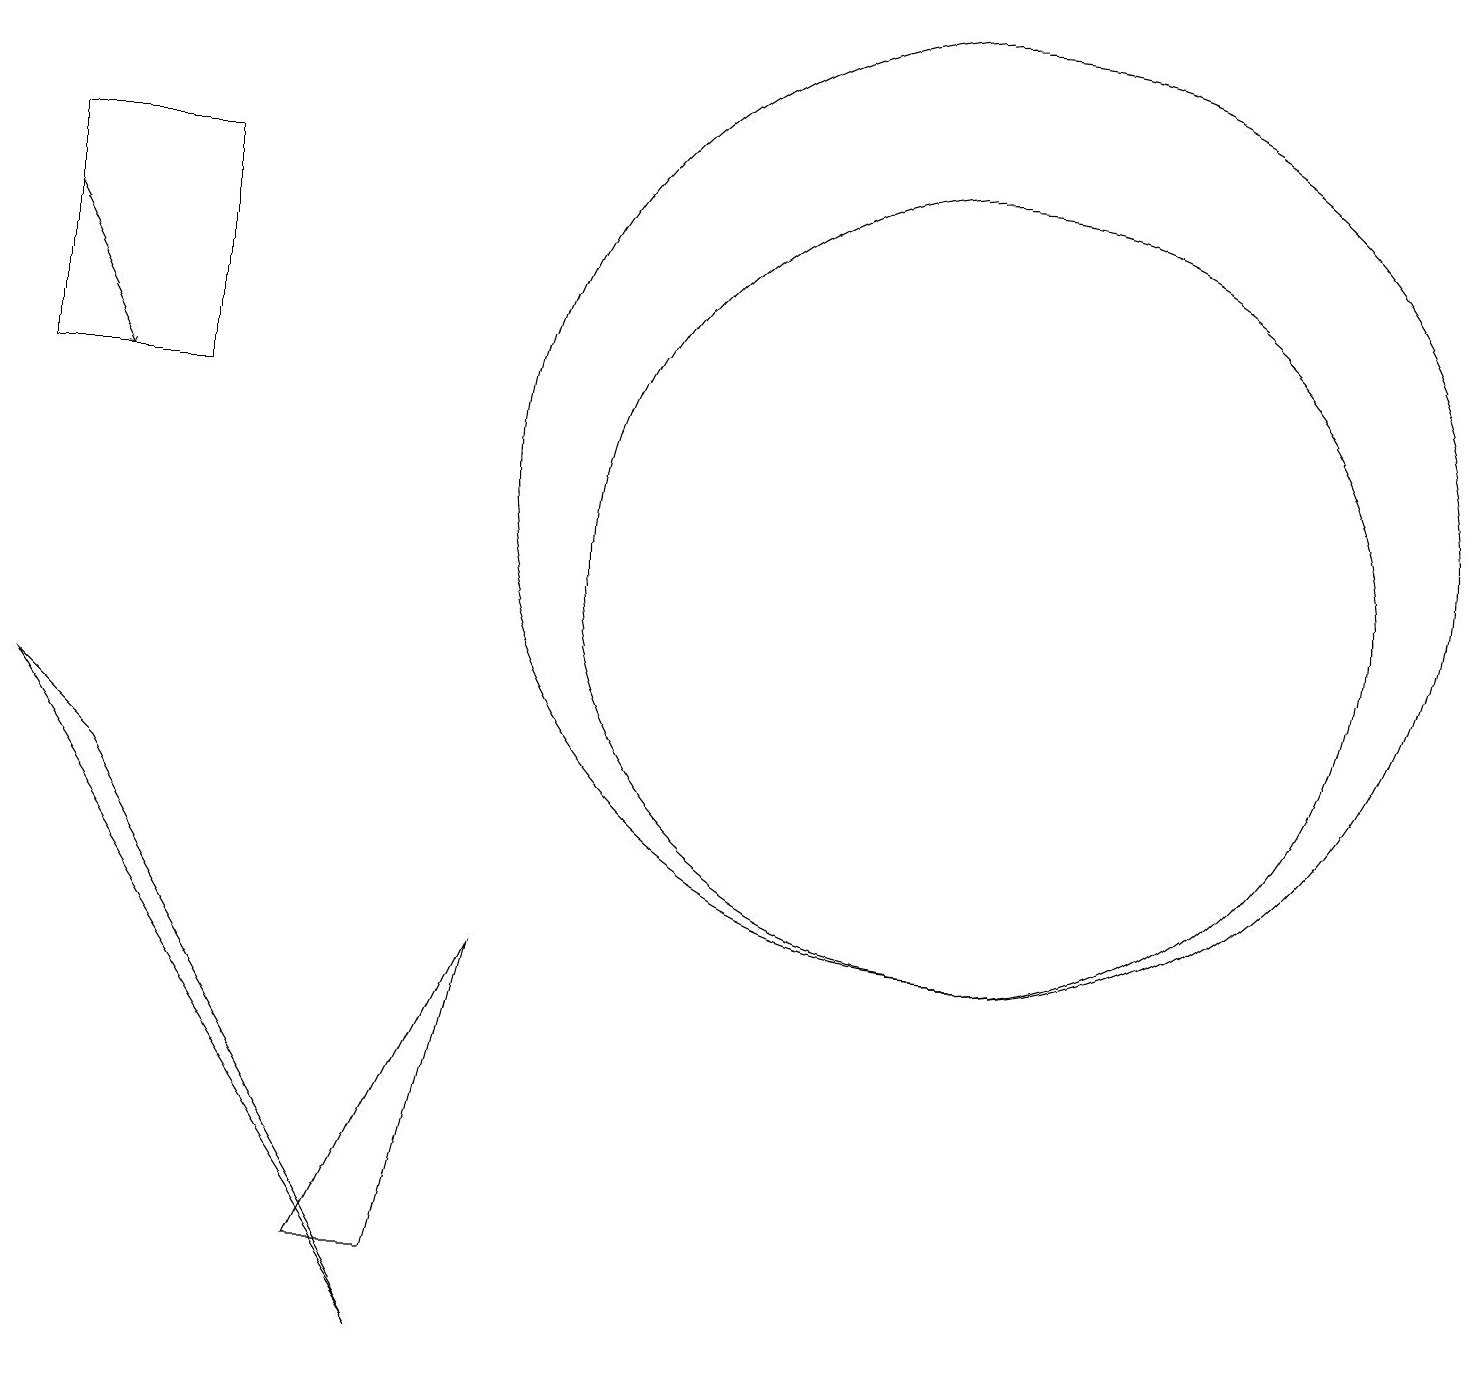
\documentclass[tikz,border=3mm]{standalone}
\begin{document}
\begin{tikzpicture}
\draw (0,12) rectangle (2,15);
\draw (1,7) -- (0,8) -- (5,0) -- cycle;
\draw (6,5) -- (4,1) -- (5,1) -- cycle;
\draw (12,11) circle (6);
\draw (12,10) circle (5);
\draw[->] (0,14) -- (1,12);
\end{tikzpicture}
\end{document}